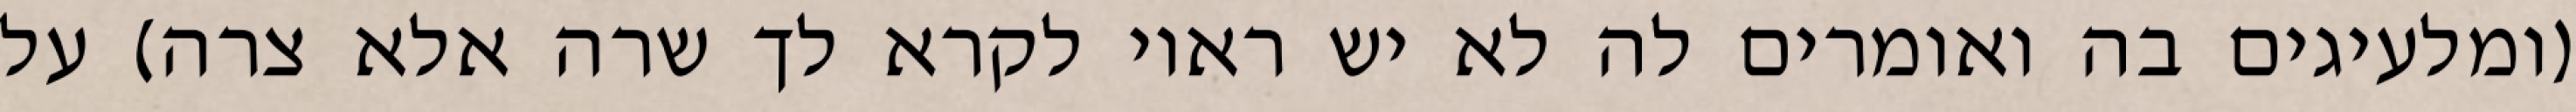
(ומלעיגים בה ואומרים לה לא יש ראוי לקרא לך שרה אלא צרה) על